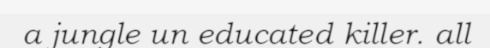
a jungle un educated killer. all